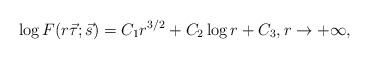
LaTeX: \begin{align*}\log F(r\vec \tau;\vec s)=C_1r^{3/2}+C_2\log r + C_3,r\to +\infty,\end{align*}